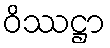
ဝိဿဋ္ဌာ